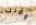
وقلب